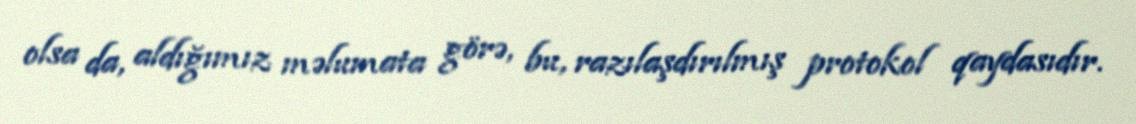
olsa da, aldığımız məlumata görə, bu, razılaşdırılmış protokol qaydasıdır.